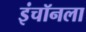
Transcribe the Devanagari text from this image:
इंचॉनला